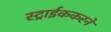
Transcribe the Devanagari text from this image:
स्ट्राईककरने